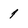
Character: 1